system: You are a helpful assistant.
user:
Analyze the provided spectrum to determine if it is a **"Cataclysmic Variables (CV)"**.

- **Key Indicators for CV (Check for either state):**
    - **State 1: Quiescent / Low-State (Emission-Dominated)**
        - **(Primary):** Strong and *very broad* Hydrogen Balmer emission lines (e.g., $H\alpha$ at 6563 Å, $H\beta$ at 4861 Å). The 'broadness' (high velocity dispersion, often FWHM > 1000 km/s) is the key diagnostic, indicating a high-velocity accretion disk.
        - **(Secondary):** Broad neutral Helium (He I) emission lines (e.g., 5876 Å, 6678 Å).
        - **(Key Confirmation):** Presence of high-excitation *ionized* Helium (He II) emission at 4686 Å. This is a strong indicator of accretion onto a white dwarf.
        - **(Line Profile):** Emission lines may exhibit a 'double-peaked' profile, which is a classic signature of a rotating accretion disk viewed at high inclination.

    - **State 2: Outburst / High-State (Absorption-Dominated)**
        - **(Primary):** Spectrum is dominated by a bright, blue continuum (looks like a hot star).
        - **(Secondary):** The emission lines from State 1 are weak, absent, or 'filled in', and are replaced by broad, shallow *absorption* lines (primarily Balmer and He I).
        - **(Morphology):** The overall spectrum mimics a hot B/A-type star. The crucial difference is that the absorption lines are significantly broader, shallower, and more 'washed-out' (or 'smeared') than the sharp lines of a normal stellar photosphere, due to high rotational speeds and pressure broadening in the disk.

Think first, call **spectral_visualization_tool** if needed to examine features in detail, then provide your final answer. Your response must adhere to the following strict rules:
1.  **Overall Structure:** Your response must follow the format `<think>...</think> <tool_call>...</tool_call> (if a tool is used) <answer>...</answer>`.
2.  **Tool Usage Constraint:** You may only make **one** tool call per turn.
3.  **Final Answer Format:** In the `<answer>` tag, your conclusion must be inside a `\boxed{}` command (e.g., `\boxed{YES}`), followed by your justification.

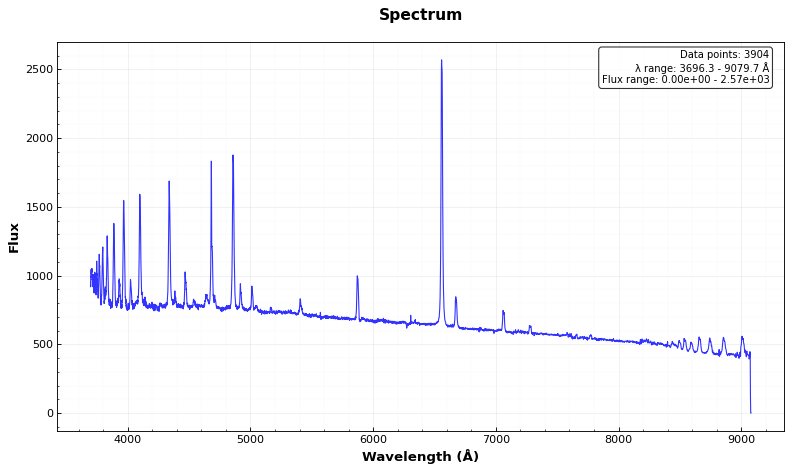
Answer: YES